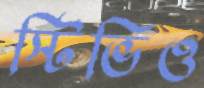
স্টিভিও